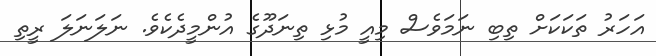
އަހަރު ތަކަކަށް ތިބި ނަމަވެސް މިއީ މުޅި ތިނަދޫގެ އުންމީދެކެވެ. ނަލަނަލަ ރީތި